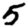
Digit: 5